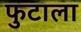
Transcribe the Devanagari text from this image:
फुटाला